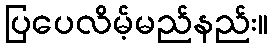
ပြပေလိမ့်မည်နည်း။